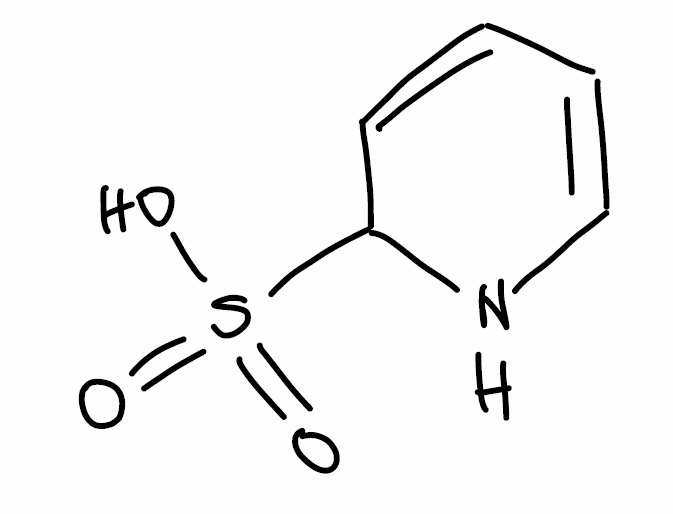
Simplified molecular-input line-entry system (SMILES) notation of the given molecule:
C1=CC(NC=C1)S(=O)(=O)O